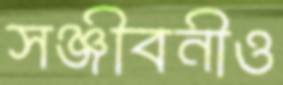
সঞ্জীবনীও